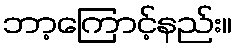
ဘာ့ကြောင့်နည်း။